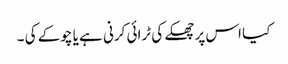
کیا اس پر چھکے کی ٹرائی کرنی ہے یا چوکے کی ۔